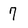
Character: 7